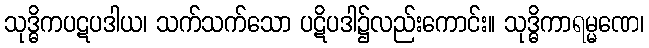
သုဒ္ဓိကပဋပဒါယ၊ သက်သက်သော ပဋိပဒါ၌လည်းကောင်း။ သုဒ္ဓိကာရမ္မဏေ၊